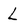
Character: L